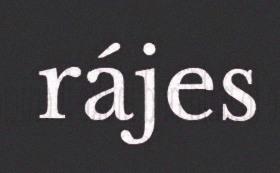
rájes